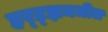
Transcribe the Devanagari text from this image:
हर्‍ट्झमधील